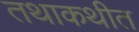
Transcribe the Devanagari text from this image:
तथाकथीत